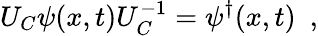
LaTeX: U_{C}\psi(x,t)U_{C}^{-1}=\psi^{\dagger}(x,t)\ \ ,